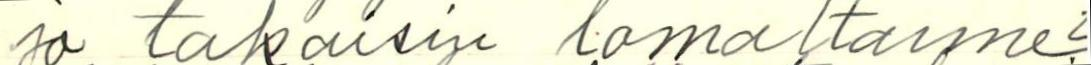
jo takaisin lomaltanne?